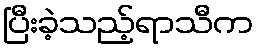
ပြီးခဲ့သည့်ရာသီက